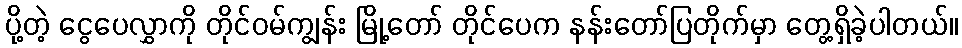
ပို့တဲ့ ငွေပေလွှာကို တိုင်ဝမ်ကျွန်း မြို့တော် တိုင်ပေက နန်းတော်ပြတိုက်မှာ တွေ့ရှိခဲ့ပါတယ်။